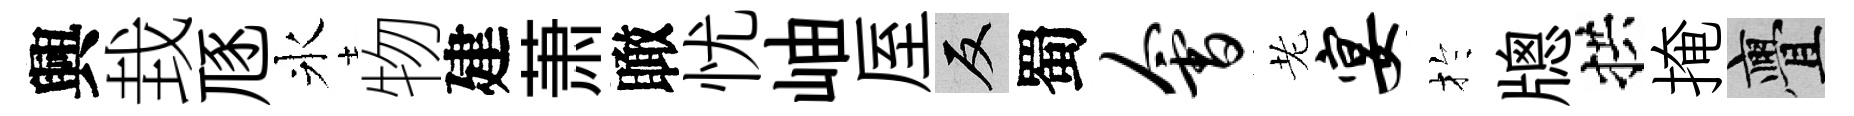
興㘽豗氷物建萧瞰忧岫厔反蜀会老宴扵牕拱掩亹